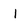
Character: I